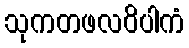
သုကတဖလဝိပါကံ